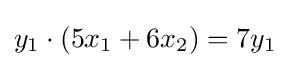
y_{1}\cdot (5x_{1}+6x_{2})=7y_{1}